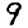
Digit: 9